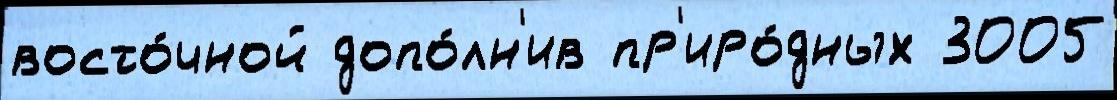
восто́чной допо́лн'ив пр'иро́дных 3005